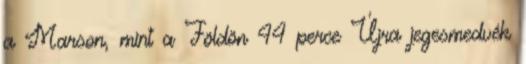
a Marson, mint a Földön 44 perce Újra jegesmedvék